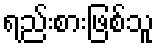
ရည်းစားဖြစ်သူ